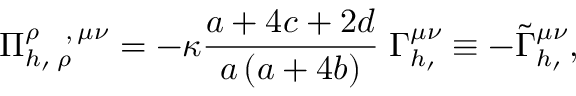
\Pi _ { h _ { \prime } \; \rho \, } ^ { \rho \; \; \; \; , \, \mu \nu } = - \kappa \frac { a + 4 c + 2 d } { a \left( a + 4 b \right) } \; \Gamma _ { h _ { \prime } } ^ { \mu \nu } \equiv - \tilde { \Gamma } _ { h _ { \prime } } ^ { \mu \nu } ,